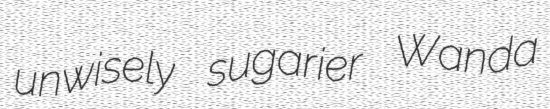
unwisely sugarier Wanda